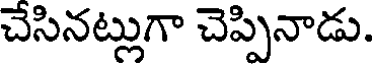
చేసినట్లుగా చెప్పినాడు.